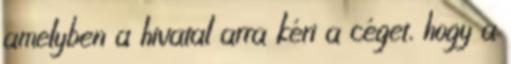
amelyben a hivatal arra kéri a céget, hogy a